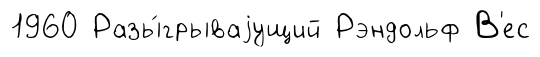
1960 Разы́грываjущий Рэндольф В'ес